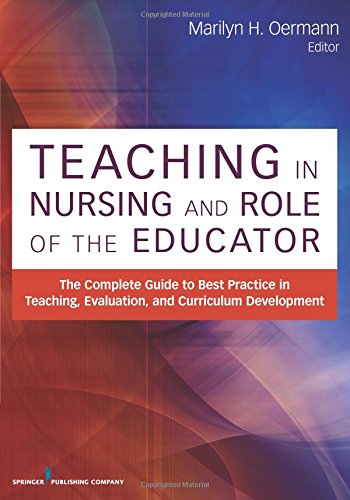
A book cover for Teaching in Nursing and Role of the Educator: The Complete Guide to Best Practice in Teaching, Evaluation and Curriculum Development; Medical Books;